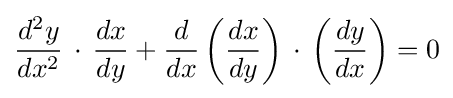
{\frac {d^{2}y}{dx^{2}}}\,\cdot \,{\frac {dx}{dy}}+{\frac {d}{dx}}\left({\frac {dx}{dy}}\right)\,\cdot \,\left({\frac {dy}{dx}}\right)=0